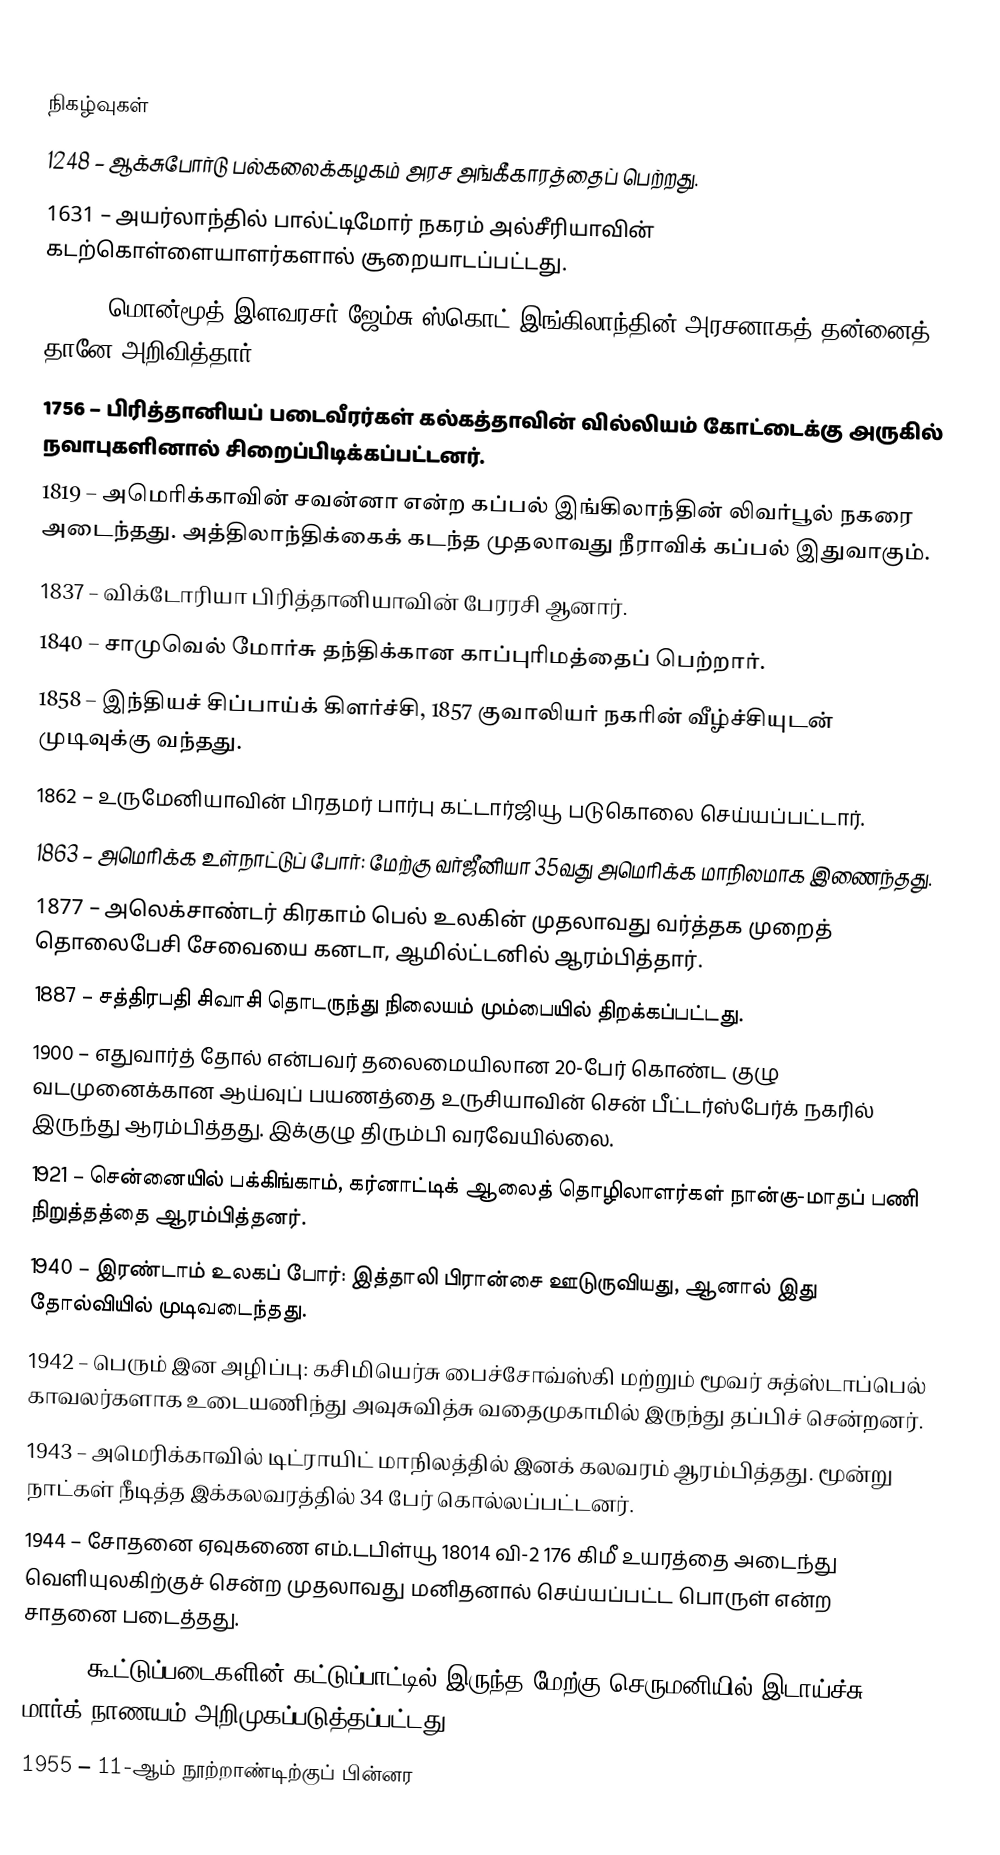

நிகழ்வுகள்
1248 – ஆக்சுபோர்டு பல்கலைக்கழகம் அரச அங்கீகாரத்தைப் பெற்றது.
1631 – அயர்லாந்தில் பால்ட்டிமோர் நகரம் அல்சீரியாவின் கடற்கொள்ளையாளர்களால் சூறையாடப்பட்டது.
1685 – மொன்மூத் இளவரசர் ஜேம்சு ஸ்கொட் இங்கிலாந்தின் அரசனாகத் தன்னைத் தானே அறிவித்தார்.
1756 – பிரித்தானியப் படைவீரர்கள் கல்கத்தாவின் வில்லியம் கோட்டைக்கு அருகில் நவாபுகளினால் சிறைப்பிடிக்கப்பட்டனர்.
1819 – அமெரிக்காவின் சவன்னா என்ற கப்பல் இங்கிலாந்தின் லிவர்பூல் நகரை அடைந்தது. அத்திலாந்திக்கைக் கடந்த முதலாவது நீராவிக் கப்பல் இதுவாகும்.
1837 – விக்டோரியா பிரித்தானியாவின் பேரரசி ஆனார்.
1840 – சாமுவெல் மோர்சு தந்திக்கான காப்புரிமத்தைப் பெற்றார்.
1858 – இந்தியச் சிப்பாய்க் கிளர்ச்சி, 1857 குவாலியர் நகரின் வீழ்ச்சியுடன் முடிவுக்கு வந்தது.
1862 – உருமேனியாவின் பிரதமர் பார்பு கட்டார்ஜியூ படுகொலை செய்யப்பட்டார்.
1863 – அமெரிக்க உள்நாட்டுப் போர்: மேற்கு வர்ஜீனியா 35வது அமெரிக்க மாநிலமாக இணைந்தது.
1877 – அலெக்சாண்டர் கிரகாம் பெல் உலகின் முதலாவது வர்த்தக முறைத் தொலைபேசி சேவையை கனடா, ஆமில்ட்டனில் ஆரம்பித்தார்.
1887 – சத்திரபதி சிவாசி தொடருந்து நிலையம் மும்பையில் திறக்கப்பட்டது.
1900 – எதுவார்த் தோல் என்பவர் தலைமையிலான 20-பேர் கொண்ட குழு வடமுனைக்கான ஆய்வுப் பயணத்தை உருசியாவின் சென் பீட்டர்ஸ்பேர்க் நகரில் இருந்து ஆரம்பித்தது. இக்குழு திரும்பி வரவேயில்லை.
1921 – சென்னையில் பக்கிங்காம், கர்னாட்டிக் ஆலைத் தொழிலாளர்கள் நான்கு-மாதப் பணி நிறுத்தத்தை ஆரம்பித்தனர்.
1940 – இரண்டாம் உலகப் போர்: இத்தாலி பிரான்சை ஊடுருவியது, ஆனால் இது தோல்வியில் முடிவடைந்தது.
1942 – பெரும் இன அழிப்பு: கசிமியெர்சு பைச்சோவ்ஸ்கி மற்றும் மூவர் சுத்ஸ்டாப்பெல் காவலர்களாக உடையணிந்து அவுசுவித்சு வதைமுகாமில் இருந்து தப்பிச் சென்றனர்.
1943 – அமெரிக்காவில் டிட்ராயிட் மாநிலத்தில் இனக் கலவரம் ஆரம்பித்தது. மூன்று நாட்கள் நீடித்த இக்கலவரத்தில் 34 பேர் கொல்லப்பட்டனர்.
1944 – சோதனை ஏவுகணை எம்.டபிள்யூ 18014 வி-2 176 கிமீ உயரத்தை அடைந்து வெளியுலகிற்குச் சென்ற முதலாவது மனிதனால் செய்யப்பட்ட பொருள் என்ற சாதனை படைத்தது.
1948 – கூட்டுப்படைகளின் கட்டுப்பாட்டில் இருந்த மேற்கு செருமனியில் இடாய்ச்சு மார்க் நாணயம் அறிமுகப்படுத்தப்பட்டது.
1955 – 11-ஆம் நூற்றாண்டிற்குப் பின்னர